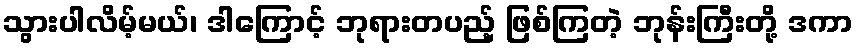
သွားပါလိမ့်မယ်၊ ဒါကြောင့် ဘုရားတပည့် ဖြစ်ကြတဲ့ ဘုန်းကြီးတို့ ဒကာ